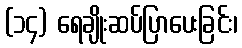
(၁၄) ရေချိုးဆပ်ပြာပေးခြင်း၊